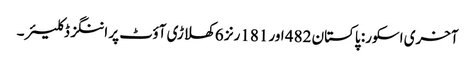
آخری اسکور: پاکستان 482 اور 181رنز 6 کھلاڑی آؤٹ پر اننگز ڈکلیئر۔